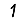
Digit: 1